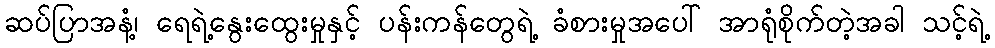
ဆပ်ပြာအနံ့၊ ရေရဲ့နွေးထွေးမှုနှင့် ပန်းကန်တွေရဲ့ ခံစားမှုအပေါ် အာရုံစိုက်တဲ့အခါ သင့်ရဲ့